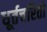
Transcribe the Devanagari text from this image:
धूर्तचरितो